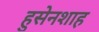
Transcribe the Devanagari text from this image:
हुसेनशाह